Scottish Leaving Certificate Examination, 1961
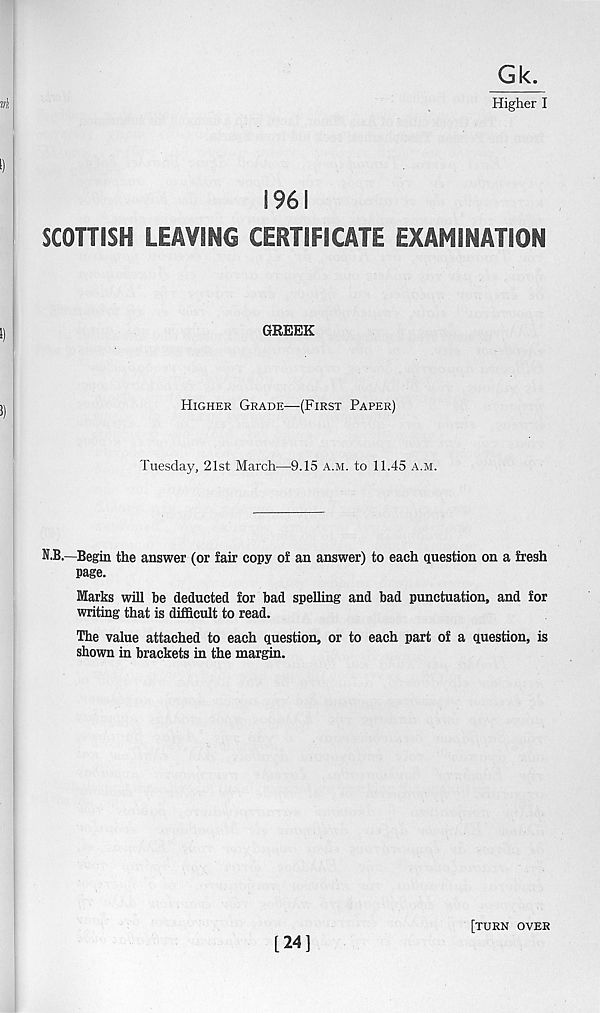
Gk.
Higher I
1961
SCOTTISH LEAVING CERTIFICATE EXAMINATION
GREEK
Higher Grade—(First Paper)
Tuesday, 21st March—9.15 a.m. to 11.45 a.m.
N.B.—Begin the answer (or fair copy of an answer) to each question on a fresh
page.
Marks will he deducted for bad spelling and bad punctuation, and for
writing that is difficult to read.
The value attached to each question, or to each part of a question, is
shown in brackets in the margin.
[24]
[turn over